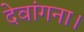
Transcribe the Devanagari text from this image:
देवांगना।